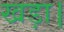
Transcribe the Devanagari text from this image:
खड़ा।